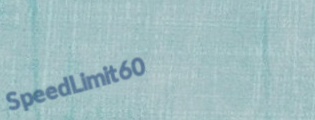
SpeedLimit60